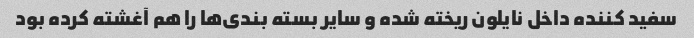
سفید کننده داخل نایلون ریخته شده و سایر بسته بندی‌ها را هم آغشته کرده بود